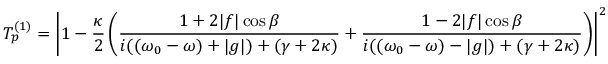
T _ { p } ^ { ( 1 ) } = \left| 1 - \frac { \kappa } { 2 } \left( \frac { 1 + 2 | f | \cos \beta } { i ( ( \omega _ { 0 } - \omega ) + | g | ) + ( \gamma + 2 \kappa ) } + \frac { 1 - 2 | f | \cos \beta } { i ( ( \omega _ { 0 } - \omega ) - | g | ) + ( \gamma + 2 \kappa ) } \right) \right| ^ { 2 } \cdot p ( \omega - \omega _ { 0 } )